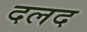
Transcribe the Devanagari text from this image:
दलद